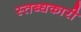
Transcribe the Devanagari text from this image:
स्‍तब्‍धकारी